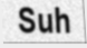
Suh